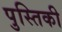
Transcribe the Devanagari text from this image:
पुस्तिकी